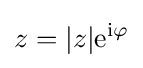
z=|z|\mathrm {e} ^{\mathrm {i} \varphi }